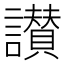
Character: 讃